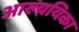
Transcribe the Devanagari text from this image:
आख्ययिका